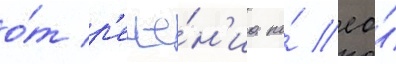
о́т р'еше́н'иа по́ ео́